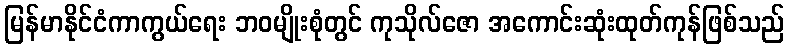
မြန်မာနိုင်ငံကာကွယ်ရေး ဘဝမျိုးစုံတွင် ကုသိုလ်ဇော အကောင်းဆုံးထုတ်ကုန်ဖြစ်သည်